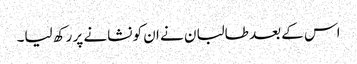
اس کے بعد طالبان نے ان کو نشانے پر رکھ لیا۔